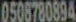
0508780894